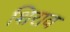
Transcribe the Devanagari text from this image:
शिराव